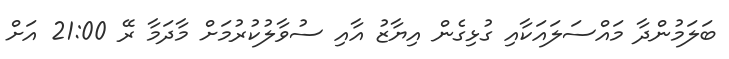
ބަލަމުންދާ މައްސަލައަކާއި ގުޅިގެން އިޔާޒު އާއި ސުވާލުކުރުމަށް މާދަމާ ރޭ 21:00 އަށް